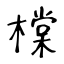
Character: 橖